Indian journal of veterinary science and animal husbandry - Volume 2,
Year: 1932
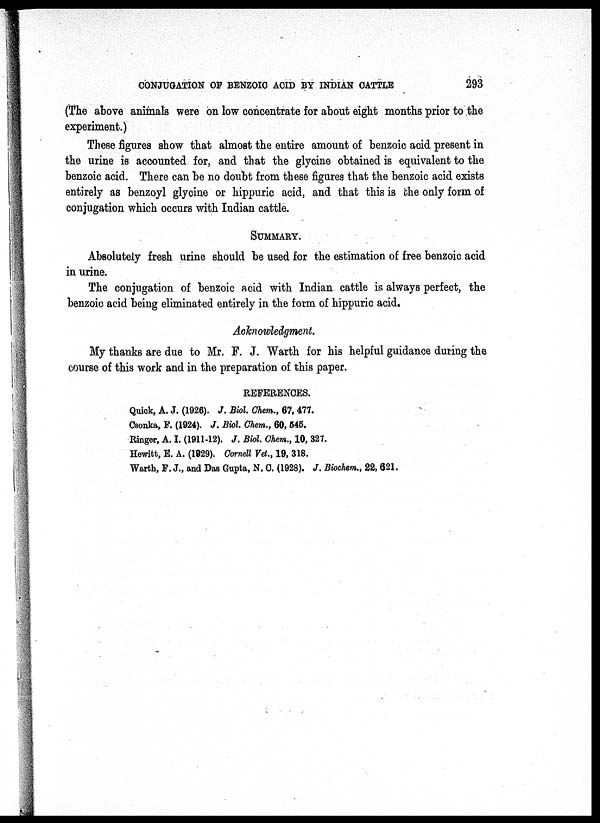
CONJUGATION OF BENZOIC ACID BY INDIAN CATTLE
293
(The above animals were on low concentrate for about eight months prior to the
experiment.)
These figures show that almost the entire amount of benzoic acid present in
the urine is accounted for, and that the glycine obtained is equivalent to the
benzoic acid. There can be no doubt from these figures that the benzoic acid exists
entirely as benzoyl glycine or hippuric acid, and that this is the only form of
conjugation which occurs with Indian cattle.
SUMMARY.
Absolutely fresh urine should be used for the estimation of free benzoic acid
in urine.
The conjugation of benzoic acid with Indian cattle is always perfect, the
benzoic acid being eliminated entirely in the form of hippuric acid.
Acknowledgment.
My thanks are due to Mr. F. J. Warth for his helpful guidance during the
course of this work and in the preparation of this paper.
REFERENCES.
Quick, A. J. (1926). J. Biol. Chem., 67, 477.
Csonka, F. (1924). J. Biol. Chem., 60, 545.
Ringer, A. I. (1911-12). J. Biol. Chem., 10, 327.
Hewitt, E. A. (1929). Cornell Vet., 19, 318.
Warth, F. J., and Das Gupta, N. C. (1928). J. Biochem., 22, 621.